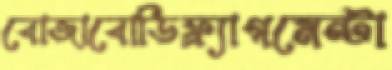
বোজাবোডিফ্র্যাগমেন্টা